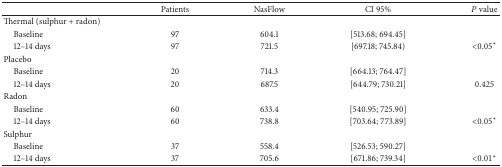
|  | Patients | NasFlow | CI 95% | P value |
 | --- | --- | --- | --- | --- |
 | Thermal (sulphur + radon) |  |  |  |  |
 | Baseline | 97 | 604.1 | [513.68; 694.45] |  |
 | 12–14 days | 97 | 721.5 | [697.18; 745.84) | <0.05* |
 | Placebo |  |  |  |  |
 | Baseline | 20 | 714.3 | [664.13; 764.47] |  |
 | 12–14 days | 20 | 687.5 | [644.79; 730.21] | 0.425 |
 | Radon |  |  |  |  |
 | Baseline | 60 | 633.4 | [540.95; 725.90] |  |
 | 12–14 days | 60 | 738.8 | [703.64; 773.89] | <0.05* |
 | Sulphur |  |  |  |  |
 | Baseline | 37 | 558.4 | [526.53; 590.27] |  |
 | 12–14 days | 37 | 705.6 | [671.86; 739.34] | <0.01* |